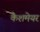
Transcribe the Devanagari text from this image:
कैशमेयर